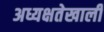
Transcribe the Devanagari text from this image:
अध्यक्षतेखालीं